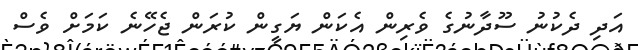
އަދި ދެކުނު ސޫދާނުގެ ވެރިން އެކަން ޔަގީން ކުރަން ޖެހޭނެ ކަމަށް ވެސް